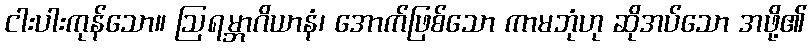
ငါးပါးကုန်သော။ ဩရမ္ဘာဂိယာနံ၊ အောက်ဖြစ်သော ကာမဘုံဟု ဆိုအပ်သော အဖို့၏